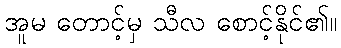
အူမ တောင့်မှ သီလ စောင့်နိုင်၏။